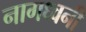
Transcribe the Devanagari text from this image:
नागध्वनी